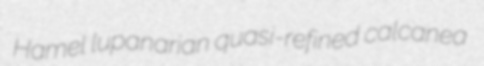
Hamel lupanarian quasi-refined calcanea